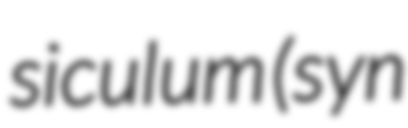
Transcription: siculum (syn